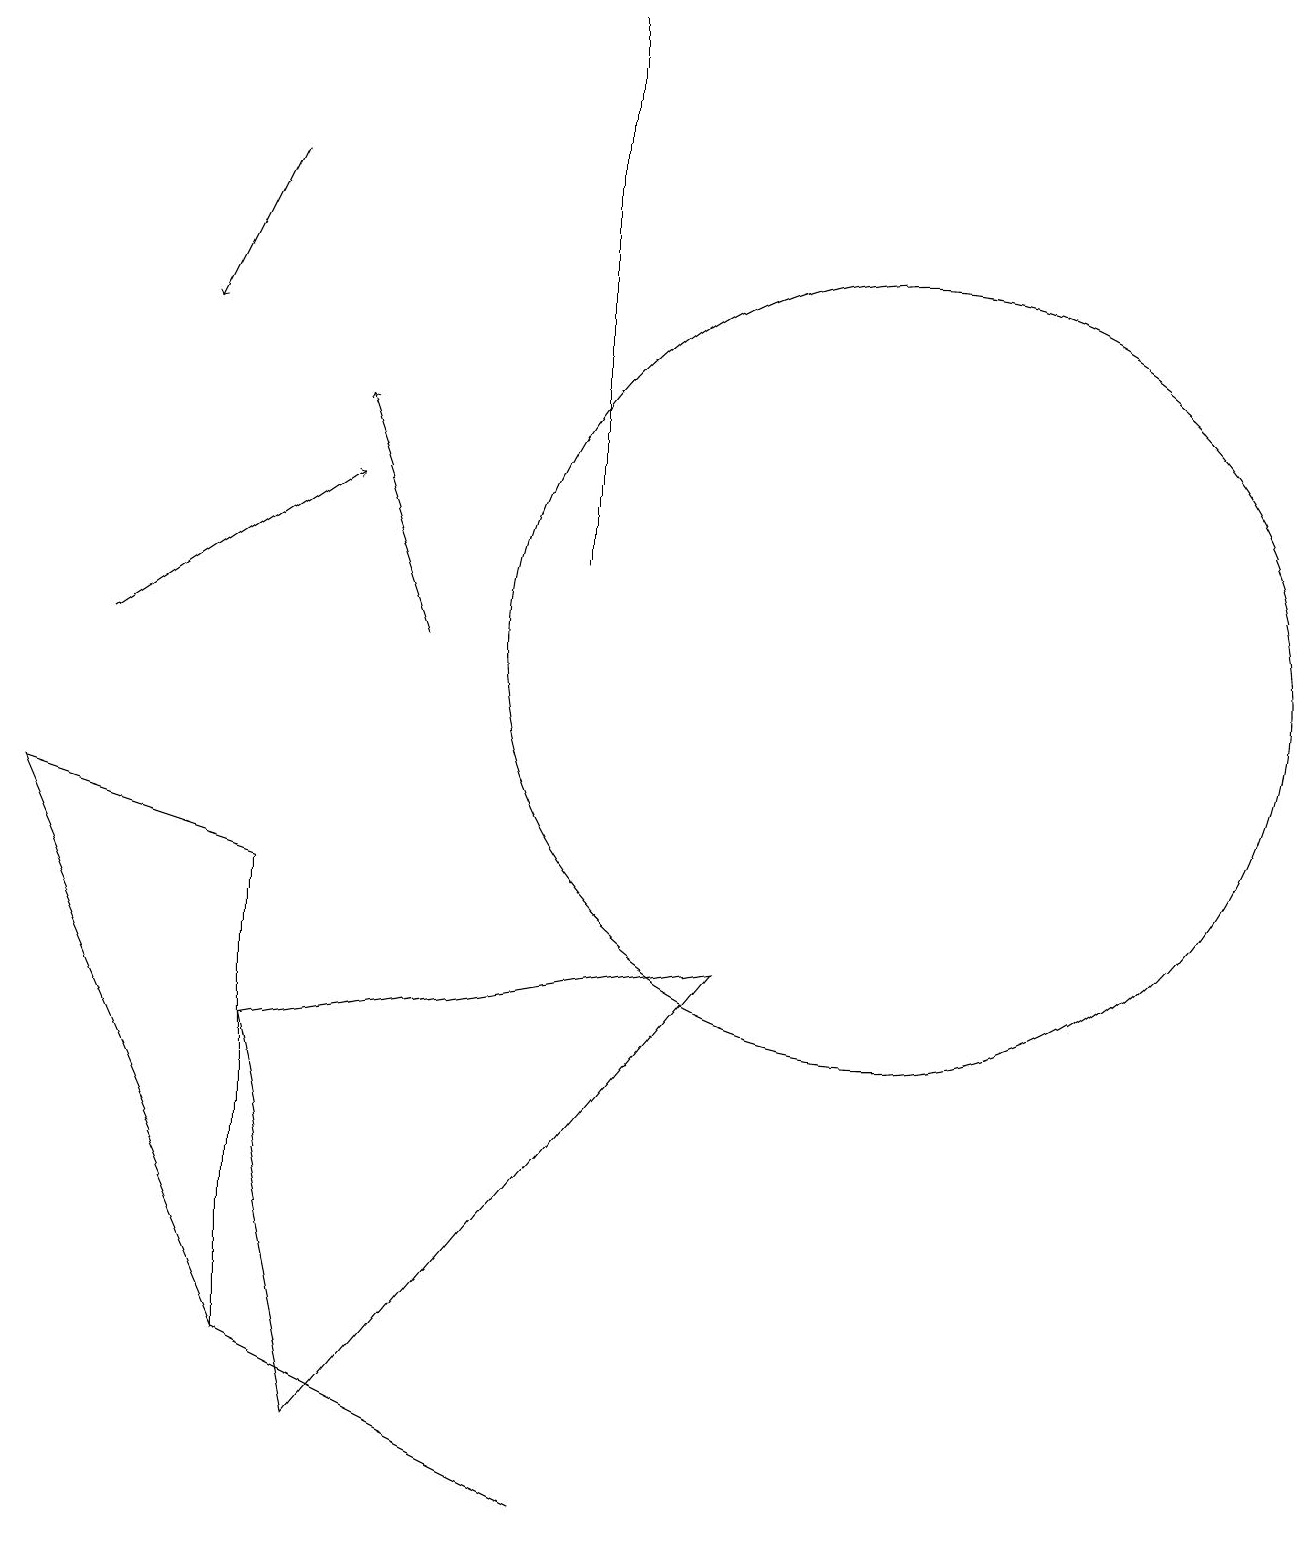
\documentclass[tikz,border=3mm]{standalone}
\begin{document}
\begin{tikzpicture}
\draw (11,11) circle (5);
\draw[->] (3,17) -- (2,15);
\draw[->] (5,11) -- (4,14);
\draw (3,6) -- (4,1) -- (9,7) -- cycle;
\draw (3,2) -- (3,8) -- (0,9) -- cycle;
\draw[->] (1,11) -- (4,13);
\draw (7,0) -- (3,2) -- (7,0) -- cycle;
\draw (7,19) rectangle (7,12);
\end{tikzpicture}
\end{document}